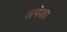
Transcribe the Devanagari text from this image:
तपेशा